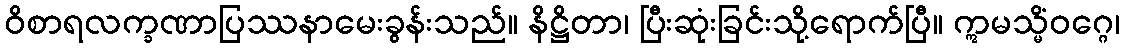
ဝိစာရလက္ခဏာပြဿနာမေးခွန်းသည်။ နိဋ္ဌိတာ၊ ပြီးဆုံးခြင်းသို့ရောက်ပြီ။ ဣမသ္မိံဝဂ္ဂေ၊